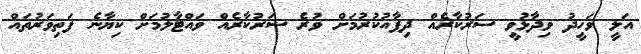
އަލީ ވަހީދު ވިދާޅުވީ ސަރުކާރެއް ދިފާއުކުރުމަށް ވުރެ ސަރުކާރެއް ވައްޓާލުމަށް ކިޔާނެ ފަތިވަރުތައް